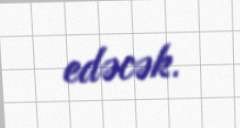
edəcək.